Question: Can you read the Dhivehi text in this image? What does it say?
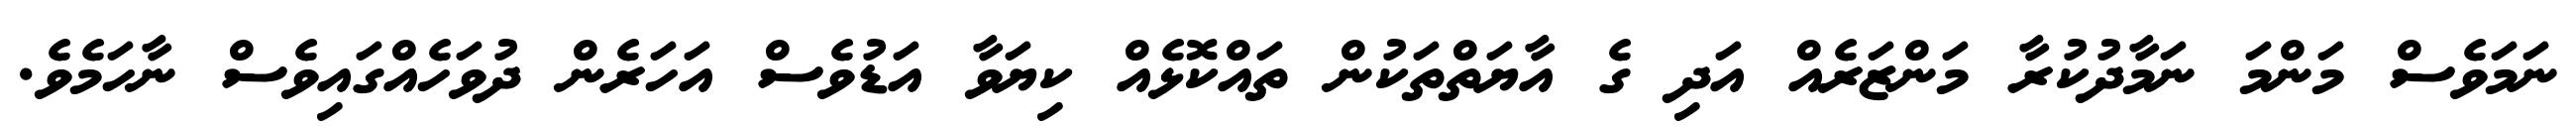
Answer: ނަމަވެސް މަންމަ ނަމާދުކުރާ މަންޒަރެއް އަދި ގެ އާޔަތްތަކުން ތައްކޮޅެއް ކިޔަވާ އަޑުވެސް އަހަރެން ދުވަހެއްގައިވެސް ނާހަމެވެ.